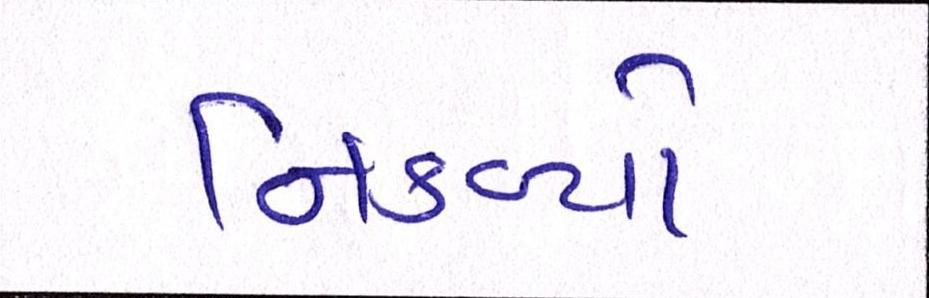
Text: નિકળ્યો